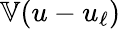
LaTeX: \mathbb{V}(u-u_{\ell})